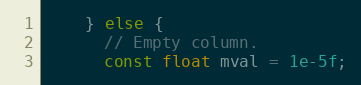
Language: C++
    } else {
      // Empty column.
      const float mval = 1e-5f;